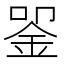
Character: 𬫈